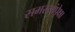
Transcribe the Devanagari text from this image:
समस्यांपेक्षा